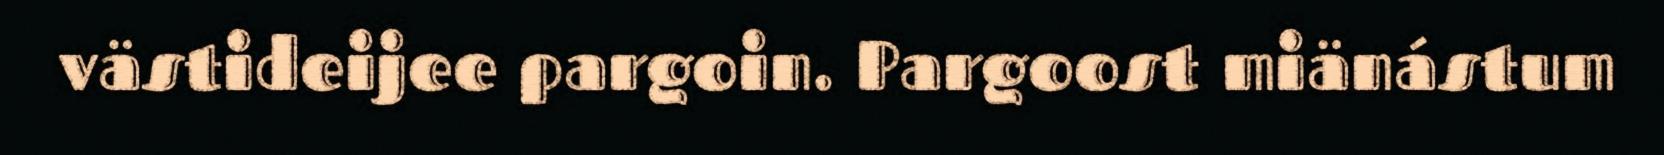
västideijee pargoin. Pargoost miänástum